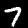
Label: 7